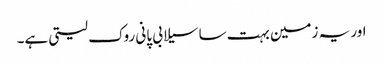
اور یہ زمین بہت سا سیلابی پانی روک لیتی ہے۔